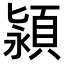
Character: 𬱄